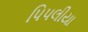
પિપલીયા